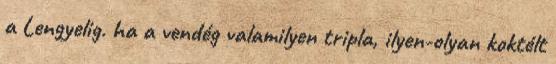
a Lengyelig. ha a vendég valamilyen tripla, ilyen-olyan koktélt